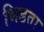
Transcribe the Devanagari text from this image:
भिडता